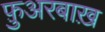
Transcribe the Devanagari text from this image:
फ़ुअरबाख़